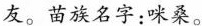
友。苗族名字:咪桑。